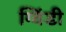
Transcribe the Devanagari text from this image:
ग्विंडी